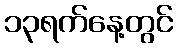
၁၃ရက်နေ့တွင်